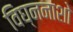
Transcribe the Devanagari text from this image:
विघ्ननाशो